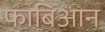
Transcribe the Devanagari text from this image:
फाबिआन